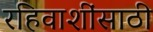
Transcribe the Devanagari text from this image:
रहिवाशींसाठी